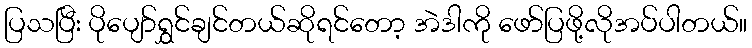
ပြသပြီး ပိုပျော်ရွှင်ချင်တယ်ဆိုရင်တော့ အဲဒါကို ဖော်ပြဖို့လိုအပ်ပါတယ်။